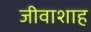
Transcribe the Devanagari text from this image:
जीवाशाह